画像に写った文字を読んでください
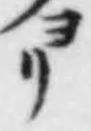
「ヨリ」と書いてあります